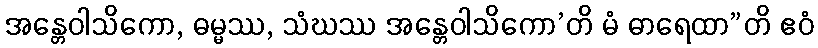
အန္တေဝါသိကော, ဓမ္မဿ, သံဃဿ အန္တေဝါသိကော’တိ မံ ဓာရေထာ”တိ ဧဝံ